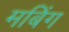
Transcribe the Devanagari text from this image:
मबिंग